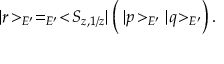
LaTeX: | r \! > _ { E ^ { \prime } } = _ { E ^ { \prime } } < \! S _ { z , 1 / z } | \left( \frac { } { } | p \! > _ { E ^ { \prime } } | q \! > _ { E ^ { \prime } } \right) .